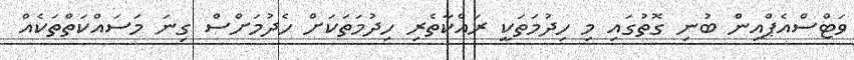
ވަޓްސްއެޕްއިން ބުނި ގޮތުގައި މި ހިދުމަތަކީ ރައްކާތެރި ހިދުމަތަކަށް ހެދުމަށްސް ގިނަ މަސައްކަތްތަކެއް